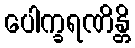
ပေါက္ခရဏိန္တိ